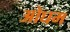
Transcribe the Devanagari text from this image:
ओघम